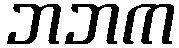
ဘဘက